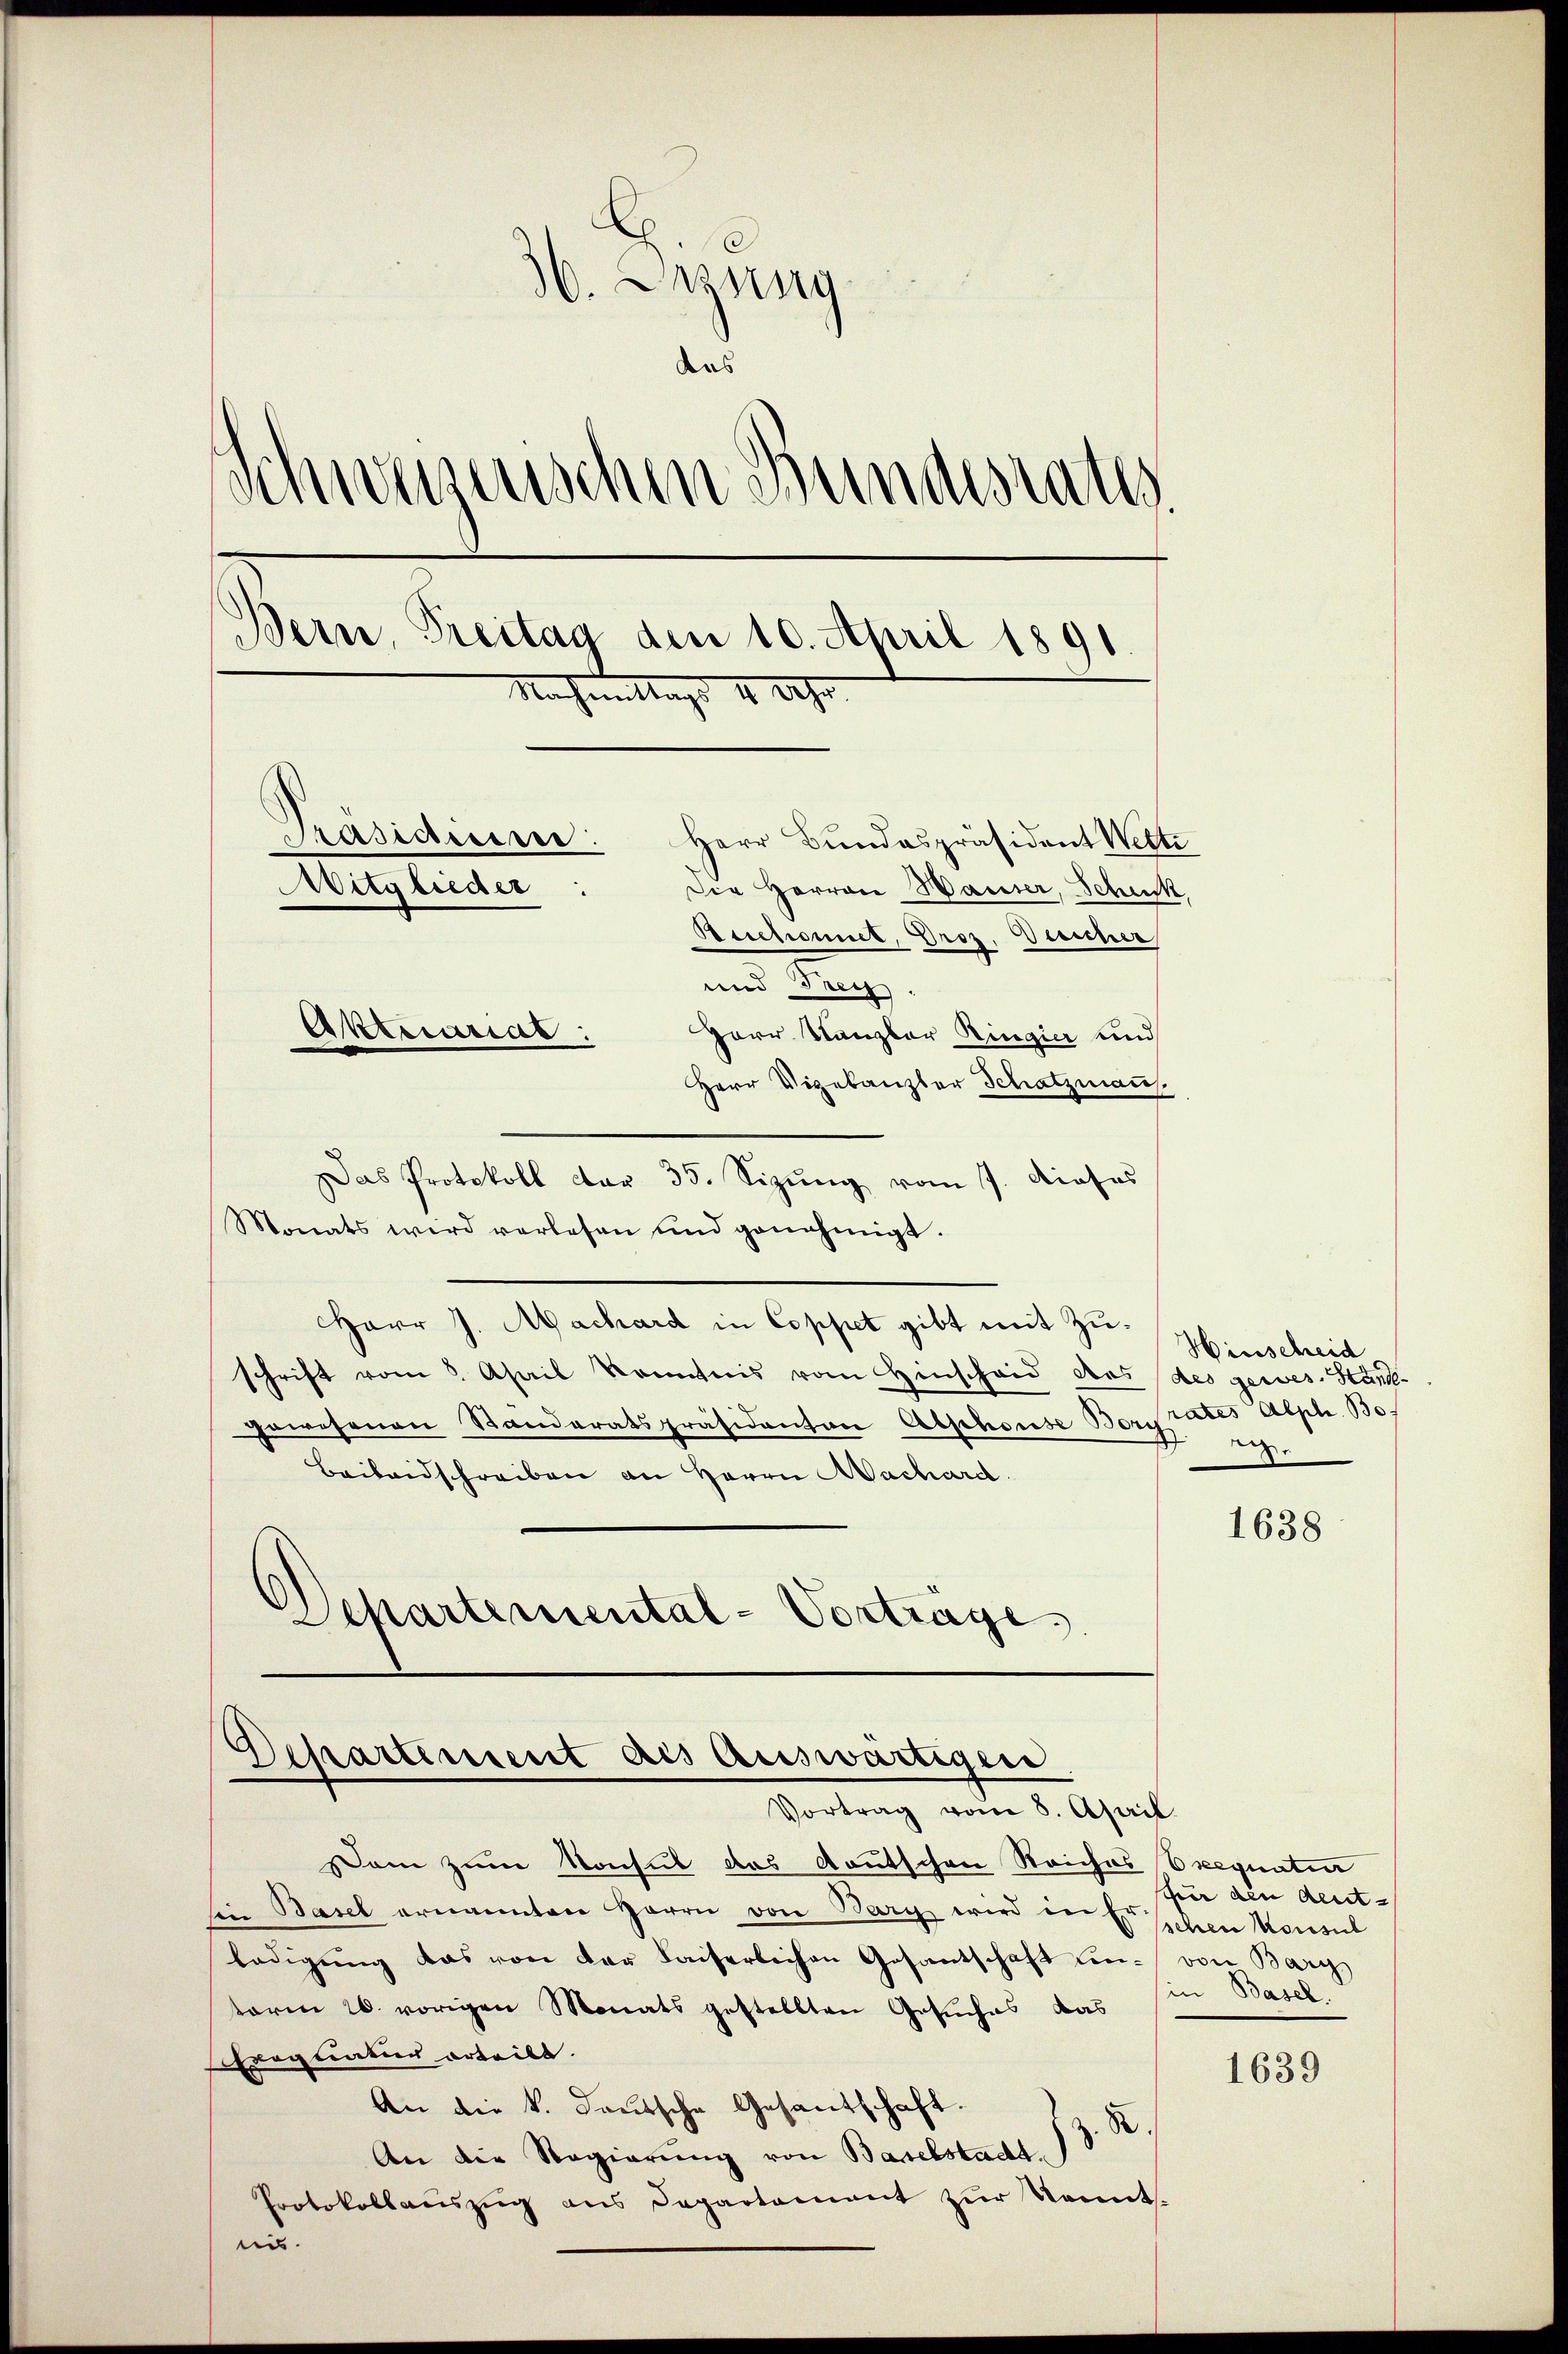
.
36. Dazung
das
Schweisenschen Bundesrate
Bern, Treitag den 10. April 1891
Nachmittags 9 Uhr
Präsidiere:
Herr Bundespräsident Wette
Die Herren Waiser, Schick
Mitglieder
Berchromit, Droz. Desicher
und Treu

Herr Kanzler Ringier und
Herr Vizekanzler Schatzmann
Das Protokoll dar 35. Sizung vom 7. dieses
Monats wird verlesen und genehmigt.
Herr J. Machard in Coppet gibt mit Zu¬
Hinscheid
schrift vom 8. April kommnis vom Hinschaid des des gewes. Stand-
gewesenen Standeratspräsidanton Alphouse Boritates Aeph. Bo
.
Beibendschreiben an Herrn Machard.
Departemental-Vorträge

Aktuariat:

Departement als auswärtigen
Vortrag vom 8. April.

am zum Konsul das deutschen Reiches Exequaten
in Basel ernannten Herrn von Bary wird in Erschen Monsul
ledigŭng das von der Kaiserlichen Gesantschaft un- von Bary
term 26. vorigen Monats gestellten Gesuches das
Erogeratur erteilt.
An die k. deutsche Gesantschaft.
z. R.
An die Regierung von Baselstadt.
Protokollaŭszŭg ans Departement zŭr Kennt.
i.

1638

für den deut-
(in Basel.

1639